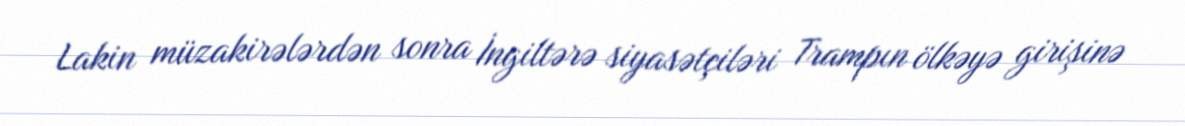
Lakin müzakirələrdən sonra İngiltərə siyasətçiləri Trampın ölkəyə girişinə